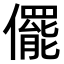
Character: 𠐌